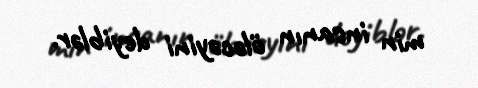
min insanın öləcəyini deyiblər.